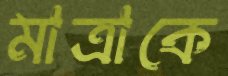
মাত্রাকে